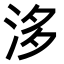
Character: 𣴙